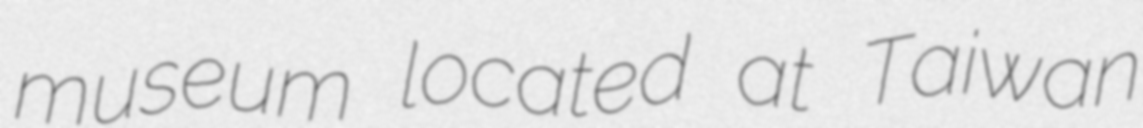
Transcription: museum located at Taiwan